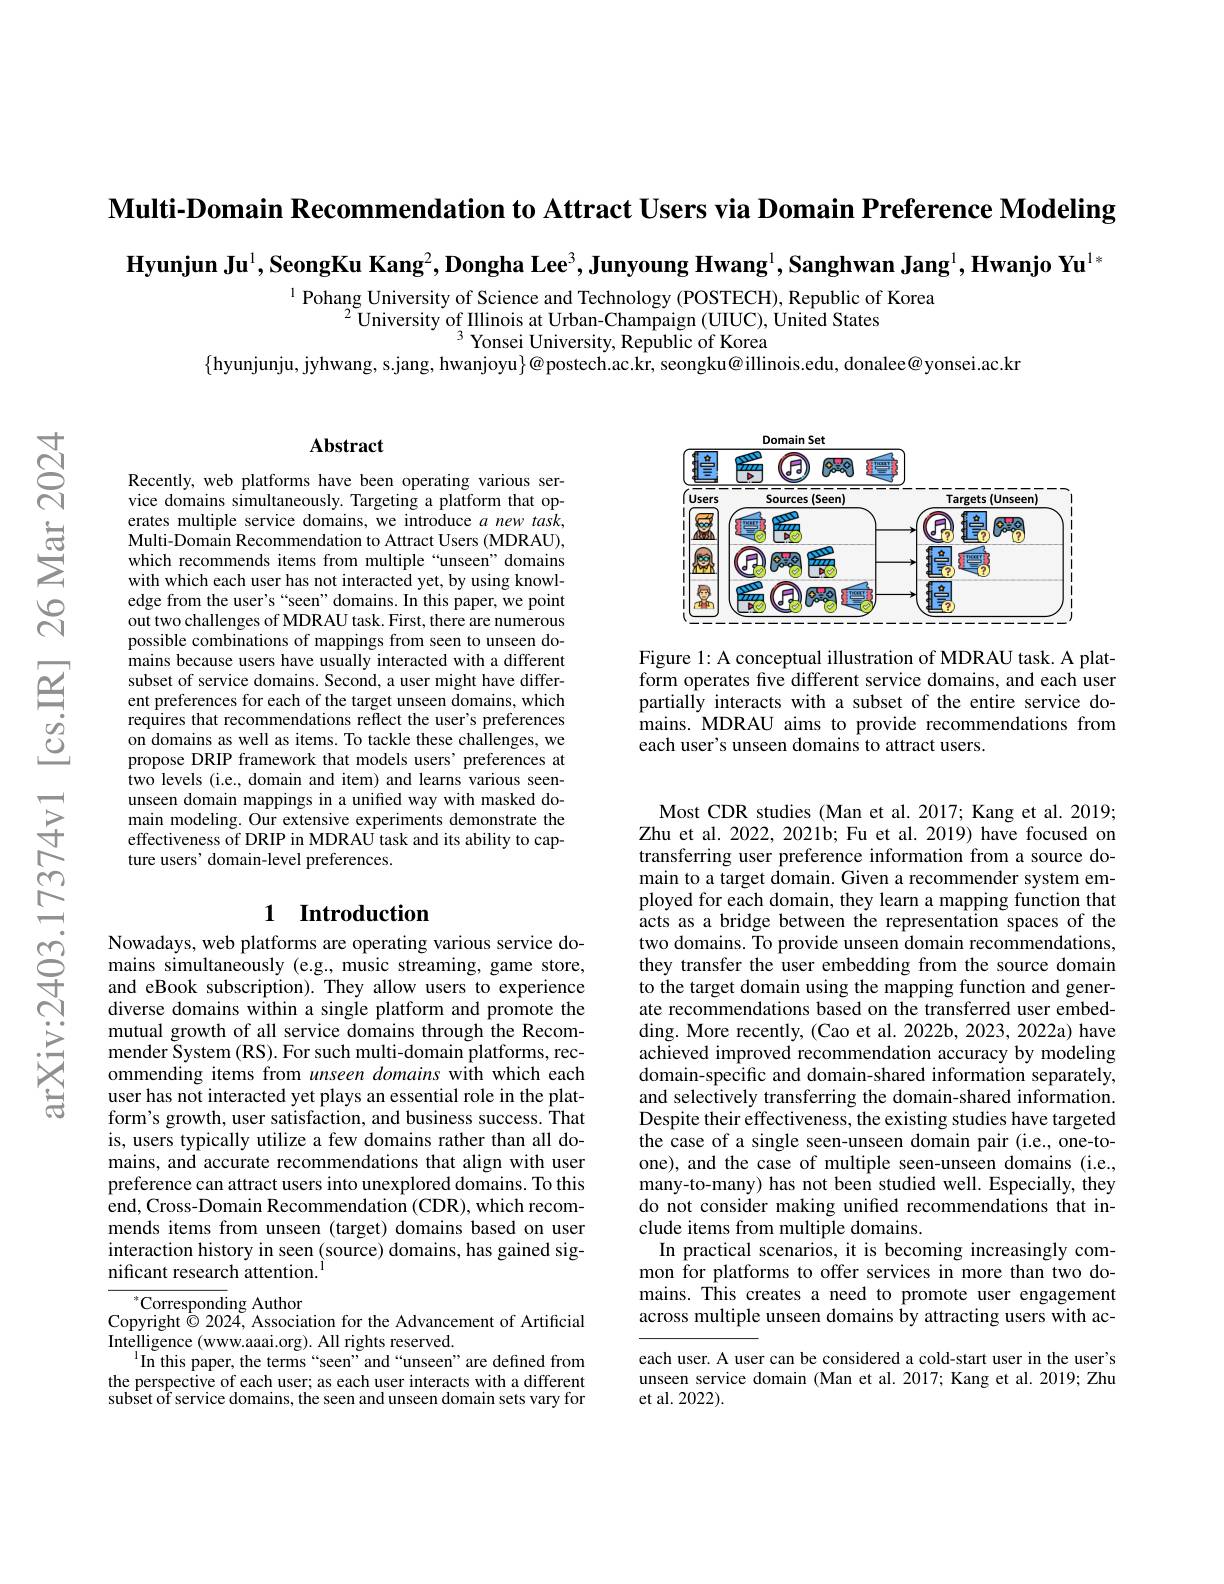
Multi-Domain Recommendation to Attract Users via Domain Preference Modeling

$\textbf{Hyunjun Ju}^1,\textbf{SeongKu Kang}^2,\textbf{Dongha Lee}^3,\textbf{Junyoung Hwang}^1,\textbf{Sanghwan Jang}^1,\textbf{Hwanjo Yu}^{1*}$

$^{1}$ Pohang University of Science and Technology (POSTECH), Republic of Korea
$^{2}$University of Illinois at Urban-Champaign (UIUC), United States
$^{3}$ Yonsei University, Republic of Korea
$\{$hyunjunju, jyhwang, s.jang, hwanjoyu$\}@$postech.ac.kr, seongku@illinois.edu, donalee@yonsei.ac.kr

<FigureHere>

Figure 1: A conceptual illustration of MDRAU task. A platform operates five different service domains, and each user partially interacts with a subset of the entire service domains. MDRAU aims to provide recommendations from each user's unseen domains to attract users.

### $\mathbf{Abstract}$

Recently, web platforms have been operating various service domains simultaneously. Targeting a platform that operates multiple service domains, we introduce $a$ new task, Multi-Domain Recommendation to Attract Users (MDRAU), which recommends items from multiple “unseen” domains with which each user has not interacted yet, by using knowledge from the user's “seen” domains. In this paper, we point out two challenges of MDRAU task. First, there are numerous possible combinations of mappings from seen to unseen domains because users have usually interacted with a different subset of service domains. Second, a user might have different preferences for each of the target unseen $\text{\v {d}omains, which}$ requires that recommendations reflect the user's preferences on domains as well as items. To tackle these challenges, we propose DRIP framework that models users' preferences at two levels (i.e., domain and item) and learns various seenunseen domain mappings in a unified way with masked domain modeling. Our extensive experiments demonstrate the effectiveness of DRIP in MDRAU task and its ability to capture users' domain-level preferences.

## 1 Introduction

Nowadays, web platforms are operating various service domains simultaneously (e.g., music streaming, game store, and eBook subscription). They allow users to experience diverse domains within a single platform and promote the mutual growth of all service domains through the Recommender System (RS). For such multi-domain platforms, recommending items from unseen domains with which each user has not interacted yet plays an essential role in the platform's growth, user satisfaction, and business success. That is, users typically utilize a few domains rather than all domains, and accurate recommendations that align with user preference can attract users into unexplored domains. To this end, Cross-Domain Recommendation (CDR), which recommends items from unseen (target) domains based on user interaction history in seen (source) domains, has gained significant research attention.$^{\mathrm{l}}$

$^*$Corresponding Author
Copyright $\textcircled{2}$024, Association for the Advancement of Artificial
Intelligence (www.aaai.org). All rights reserved.
$^{1}$In this paper, the terms“seen”and“unseen”are defined from the perspective of each user; as each user interacts with a different subset of service domains, the seen and unseen domain sets vary for

Most CDR studies (Man et al.2017; Kang et al. 2019; Zhu et al. 2022, 2021b; Fu et al. 2019) have focused on transferring user preference information from a source domain to a target domain. Given a recommender system employed for each domain, they learn a mapping function that acts as a bridge between the representation spaces of the two domains. To provide unseen domain recommendations, they transfer the user embedding from the source domain to the target domain using the mapping function and generate recommendations based on the transferred user embedding. More recently, (Cao et al. 2022b, 2023, 2022a) have achieved improved recommendation accuracy by modeling domain-specific and domain-shared information separately, and selectively transferring the domain-shared information. Despite their effectiveness, the existing studies have targeted the case of a single seen-unseen domain pair (i.e., one-toone), and the case of multiple seen-unseen domains (i.e., many-to-many) has not been studied well. Especially, they do not consider making unified recommendations that include items from multiple domains
In practical scenarios, it is becoming increasingly common for platforms to offer services in more than two domains. This creates a need to promote user engagement across multiple unseen domains by attracting users with aceach user. A user can be considered a cold-start user in the user's

unseen service domain (Man et al.2017; Kang et al.2019; Zhu
et al. 2022)